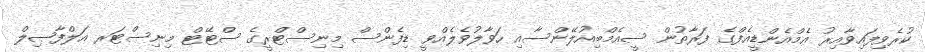
ކުރެވިފައިވާއިރު އެމްއެންޑީއެފްގެ ފަރާތުން ސީއެމްބިއުލޭންސާއި ހަވާލުވެލެއްވީ ޑިފެންސް މިނިސްޓްރީގެ ސްޓޭޓް މިނިސްޓަރ އަލްފާޞިލް